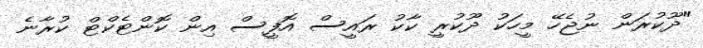
"ދޫކުރަން ނުޖެހޭ މީހަކު ދޫކުރީ ކާކު ރައީސް އޮފީސް އިން ކޮންޓެކްޓް ކުރާނެ